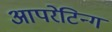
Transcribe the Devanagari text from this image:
आपरेटिन्ग